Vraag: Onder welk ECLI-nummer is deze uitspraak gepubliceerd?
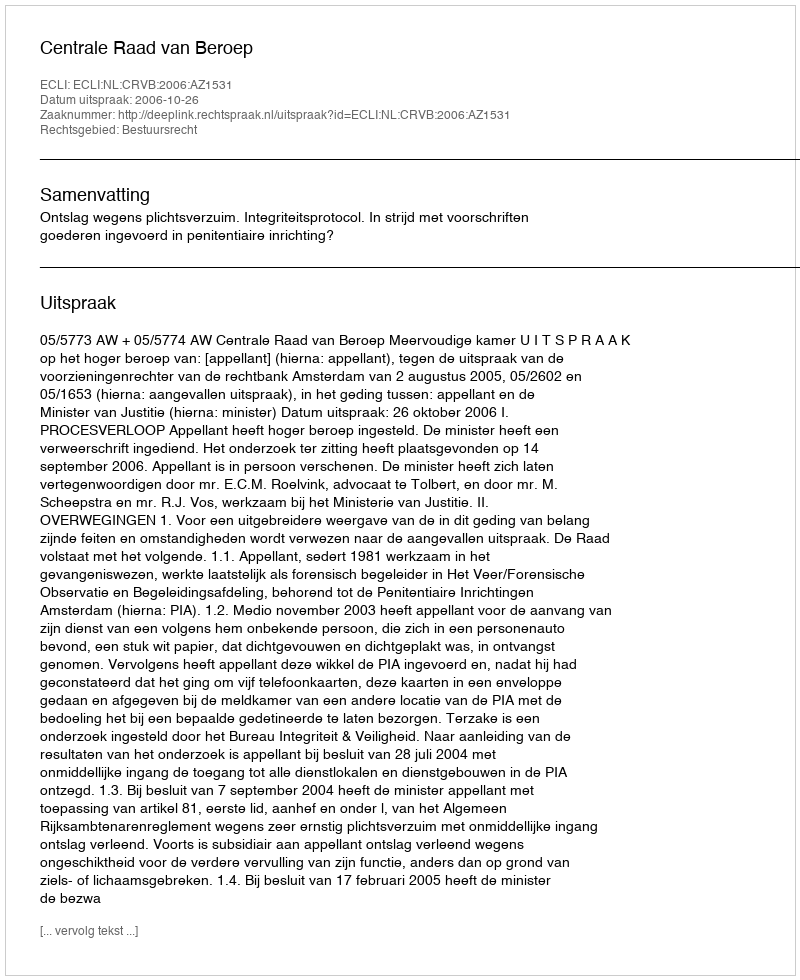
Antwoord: ECLI:NL:CRVB:2006:AZ1531